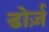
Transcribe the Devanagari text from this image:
डोर्ज़